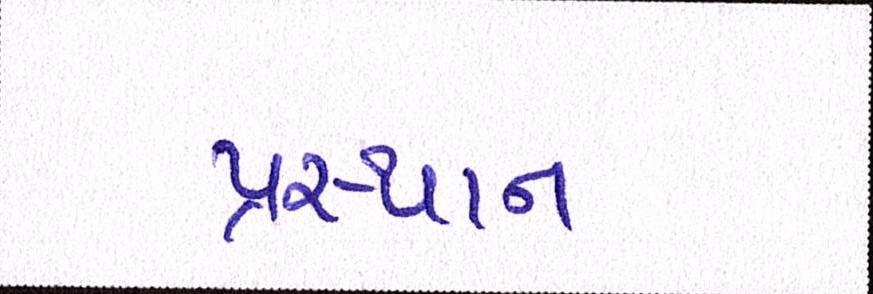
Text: પ્રસ્થાન